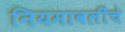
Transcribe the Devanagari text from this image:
नियमावलींचे